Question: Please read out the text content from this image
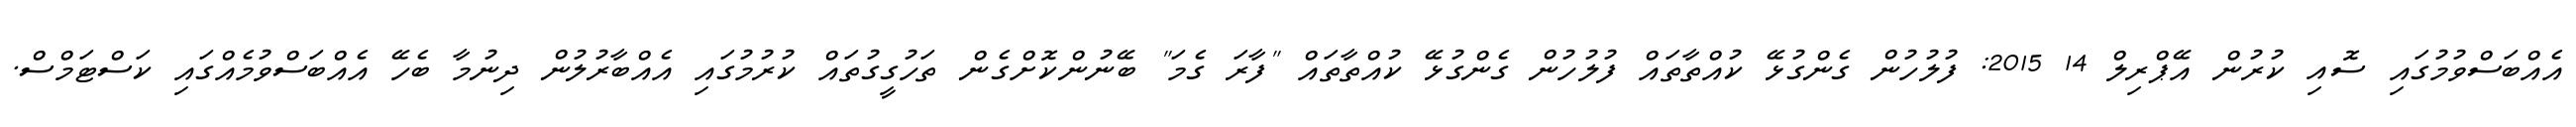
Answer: އެއްބަސްވުމުގައި ސޮއި ކުރުން އޭޕްރިލް 14 2015: ފުލުހުން ގެންގުޅޭ ކުއްތާތައް ފުލުހުން ގެންގުޅޭ ކުއްތާތައް "ފާރަ ގެމަ" ބޭނުންކޮށްގެން ތަހުގީގުތައް ކުރުމުގައި އެއްބާރުލުން ދިނުމާ ބެހޭ އެއްބަސްވުމެއްގައި ކަސްޓަމްސް.